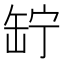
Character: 䍆